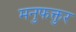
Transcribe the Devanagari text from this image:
मनुफक्तुर